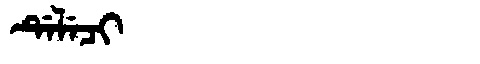
Manchu: ᡩᡝᠯᡝᠴᡳ
Romanization: DELECI